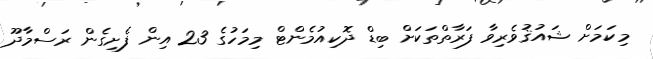
މިކަމަށް ޝައުޤުވެރިވާ ފަރާތްތަކަށް ބިޑް ދޮކިއުމެންޓް މިމަހުގެ 23 އިން ފެށިގެން ރަސްމާދޫ